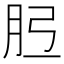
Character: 𦙠